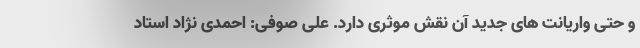
و حتی واریانت های جدید آن نقش موثری دارد. على صوفی: احمدی نژاد استاد